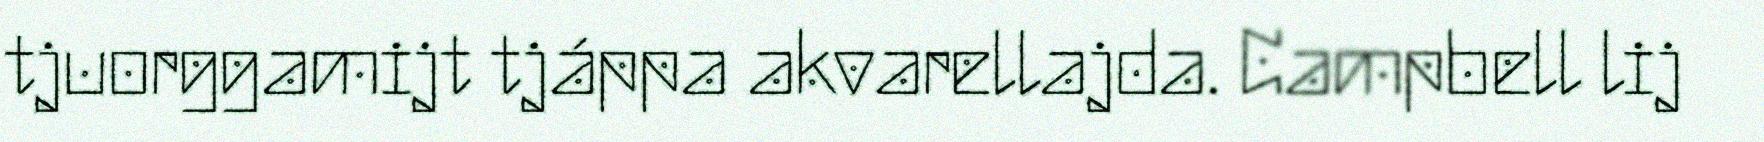
tjuorggamijt tjáppa akvarellajda. Campbell lij